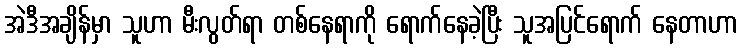
အဲဒီအချိန်မှာ သူဟာ မီးလွတ်ရာ တစ်နေရာကို ရောက်နေခဲ့ပြီး သူအပြင်ရောက် နေတာဟာ